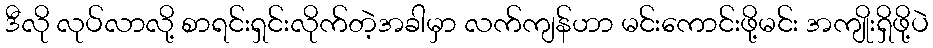
ဒီလို လုပ်လာလို့ စာရင်းရှင်းလိုက်တဲ့အခါမှာ လက်ကျန်ဟာ မင်းကောင်းဖို့မင်း အကျိုးရှိဖို့ပဲ